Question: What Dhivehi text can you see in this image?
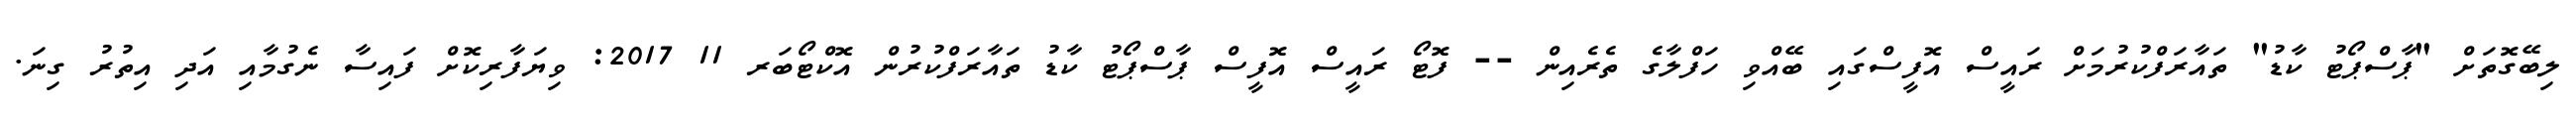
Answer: ލިބޭގޮތަށް "ޕާސްޕޯޓު ކާޑު" ތައާރަފްކުރުމަށް ރައީސް އޮފީސްގައި ބޭއްވި ހަފްލާގެ ތެރެއިން -- ފޮޓޯ ރައީސް އޮފީސް ޕާސްޕޯޓު ކާޑު ތައާރަފްކުރުން އޮކްޓޯބަރ 11 2017: ވިޔަފާރިކޮށް ފައިސާ ނެގުމާއި އަދި އިތުރު ގިނަ.